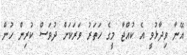
އޭނާ ވިދާޅުވީ އެ ކުއްޖާ މީގެ ހަތަރު ވަރަކަށް ދުވަސް ކުރިން ހުން